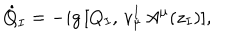
\dot { Q } _ { I } = - i g \, [ Q _ { I } , \, v _ { \mu } ^ { I } \, A ^ { \mu } ( z _ { I } ) ] ,